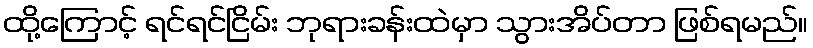
ထို့ကြောင့် ရင်ရင်ငြိမ်း ဘုရားခန်းထဲမှာ သွားအိပ်တာ ဖြစ်ရမည်။